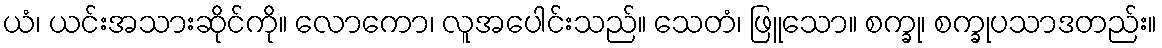
ယံ၊ ယင်းအသားဆိုင်ကို။ လောကော၊ လူအပေါင်းသည်။ သေတံ၊ ဖြူသော။ စက္ခု၊ စက္ခုပသာဒတည်း။